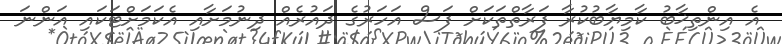
އެ އިންތިޚާބު ކާމިޔާބުކުރާ ފަރާތްތަކަށް ފަސް އަހަރުގެ ދައުރެއް ދިނުމަށާއި އެކަމަށްޓަކައި އަންނަ